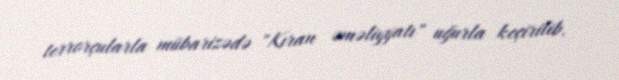
terrorçularla mübarizədə "Kıran əməliyyatı" uğurla keçirilib.